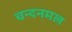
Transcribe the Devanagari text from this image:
चन्दनमल